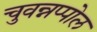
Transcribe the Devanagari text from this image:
चुवन्नप्पोल